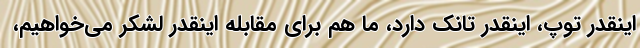
اینقدر توپ، اینقدر تانک دارد، ما هم برای مقابله اینقدر لشکر می‌خواهیم،